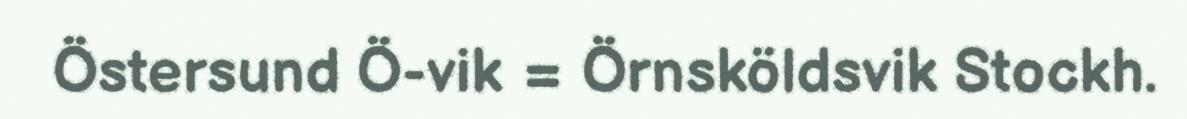
Östersund Ö-vik = Örnsköldsvik Stockh.